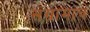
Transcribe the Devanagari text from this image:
संग्रामाचं